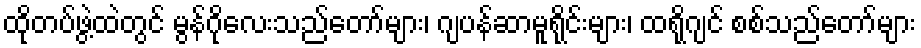
ထိုတပ်ဖွဲ့ထဲတွင် မွန်ဂိုလေးသည်တော်များ၊ ဂျပန်ဆာမူရိုင်းများ၊ ထရိုဂျင် စစ်သည်တော်များ